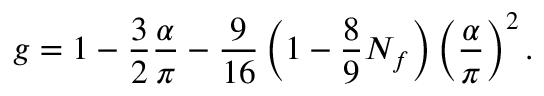
g = 1 - { \frac { 3 } { 2 } } { \frac { \alpha } { \pi } } - { \frac { 9 } { 1 6 } } \left( 1 - { \frac { 8 } { 9 } } N _ { f } \right) \left( { \frac { \alpha } { \pi } } \right) ^ { 2 } .